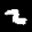
Label: 2